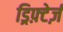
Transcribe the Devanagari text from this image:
ड्रिफ़्टेर्ज़